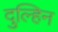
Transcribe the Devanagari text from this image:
दुल्हिन